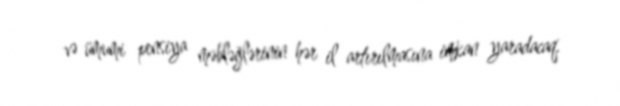
və ümumi pensiya məbləğlərinin hər il artırılmasına imkan yaradacaq.